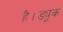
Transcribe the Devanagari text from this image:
है।ड्यूक